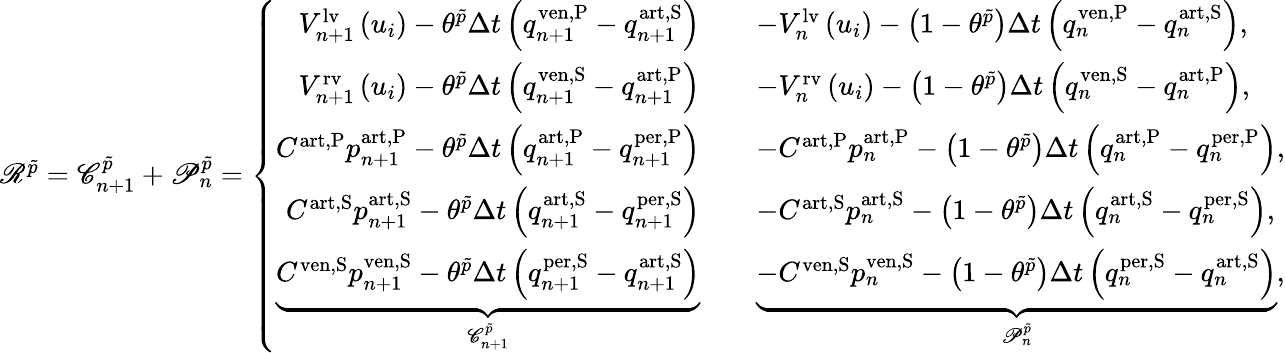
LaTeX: \begin{array}{r}{\mathscr{R}^{\tilde{p}}=\mathscr{C}_{n+1}^{\tilde{p}}+\mathscr{P}_{n}^{\tilde{p}}=\left\{ \begin{array}{rl}{V_{n+1}^{\mathrm{lv}}\left(u_{i}\right)-\theta^{\tilde{p}}\Delta t\left(q_{n+1}^{\mathrm{{ven,P}}}-q_{n+1}^{\mathrm{art,S}}\right)\quad}&{-V_{n}^{\mathrm{lv}}\left(u_{i}\right)-\left(1-\theta^{\tilde{p}}\right)\Delta t\left(q_{n}^{\mathrm{{ven,P}}}-q_{n}^{\mathrm{art,S}}\right),}\\ {V_{n+1}^{\mathrm{rv}}\left(u_{i}\right)-\theta^{\tilde{p}}\Delta t\left(q_{n+1}^{\mathrm{{ven,S}}}-q_{n+1}^{\mathrm{art,P}}\right)\quad}&{-V_{n}^{\mathrm{rv}}\left(u_{i}\right)-\left(1-\theta^{\tilde{p}}\right)\Delta t\left(q_{n}^{\mathrm{{ven,S}}}-q_{n}^{\mathrm{art,P}}\right),}\\ {C^{\mathrm{art,P}}p_{n+1}^{\mathrm{art,P}}-\theta^{\tilde{p}}\Delta t\left(q_{n+1}^{\mathrm{{art,P}}}-q_{n+1}^{\mathrm{per,P}}\right)\quad}&{-C^{\mathrm{art,P}}p_{n}^{\mathrm{art,P}}-\left(1-\theta^{\tilde{p}}\right)\Delta t\left(q_{n}^{\mathrm{{art,P}}}-q_{n}^{\mathrm{per,P}}\right),}\\ {C^{\mathrm{art,S}}p_{n+1}^{\mathrm{art,S}}-\theta^{\tilde{p}}\Delta t\left(q_{n+1}^{\mathrm{{art,S}}}-q_{n+1}^{\mathrm{per,S}}\right)\quad}&{-C^{\mathrm{art,S}}p_{n}^{\mathrm{art,S}}-\left(1-\theta^{\tilde{p}}\right)\Delta t\left(q_{n}^{\mathrm{{art,S}}}-q_{n}^{\mathrm{per,S}}\right),}\\ {\underbrace{C^{\mathrm{ven,S}}p_{n+1}^{\mathrm{ven,S}}-\theta^{\tilde{p}}\Delta t\left(q_{n+1}^{\mathrm{{per,S}}}-q_{n+1}^{\mathrm{art,S}}\right)}_{\mathscr{C}_{n+1}^{\tilde{p}}}\quad}&{\underbrace{-C^{\mathrm{ven,S}}p_{n}^{\mathrm{ven,S}}-\left(1-\theta^{\tilde{p}}\right)\Delta t\left(q_{n}^{\mathrm{{per,S}}}-q_{n}^{\mathrm{art,S}}\right)}_{\mathscr{P}_{n}^{\tilde{p}}},}\end{array}\right.}\end{array}